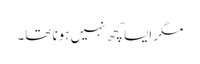
مگر ایسا کچھ نہیں ہونا تھا۔